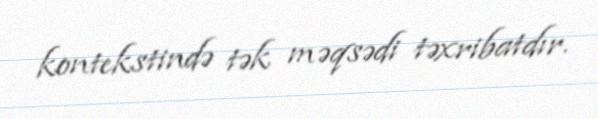
kontekstində tək məqsədi təxribatdır.